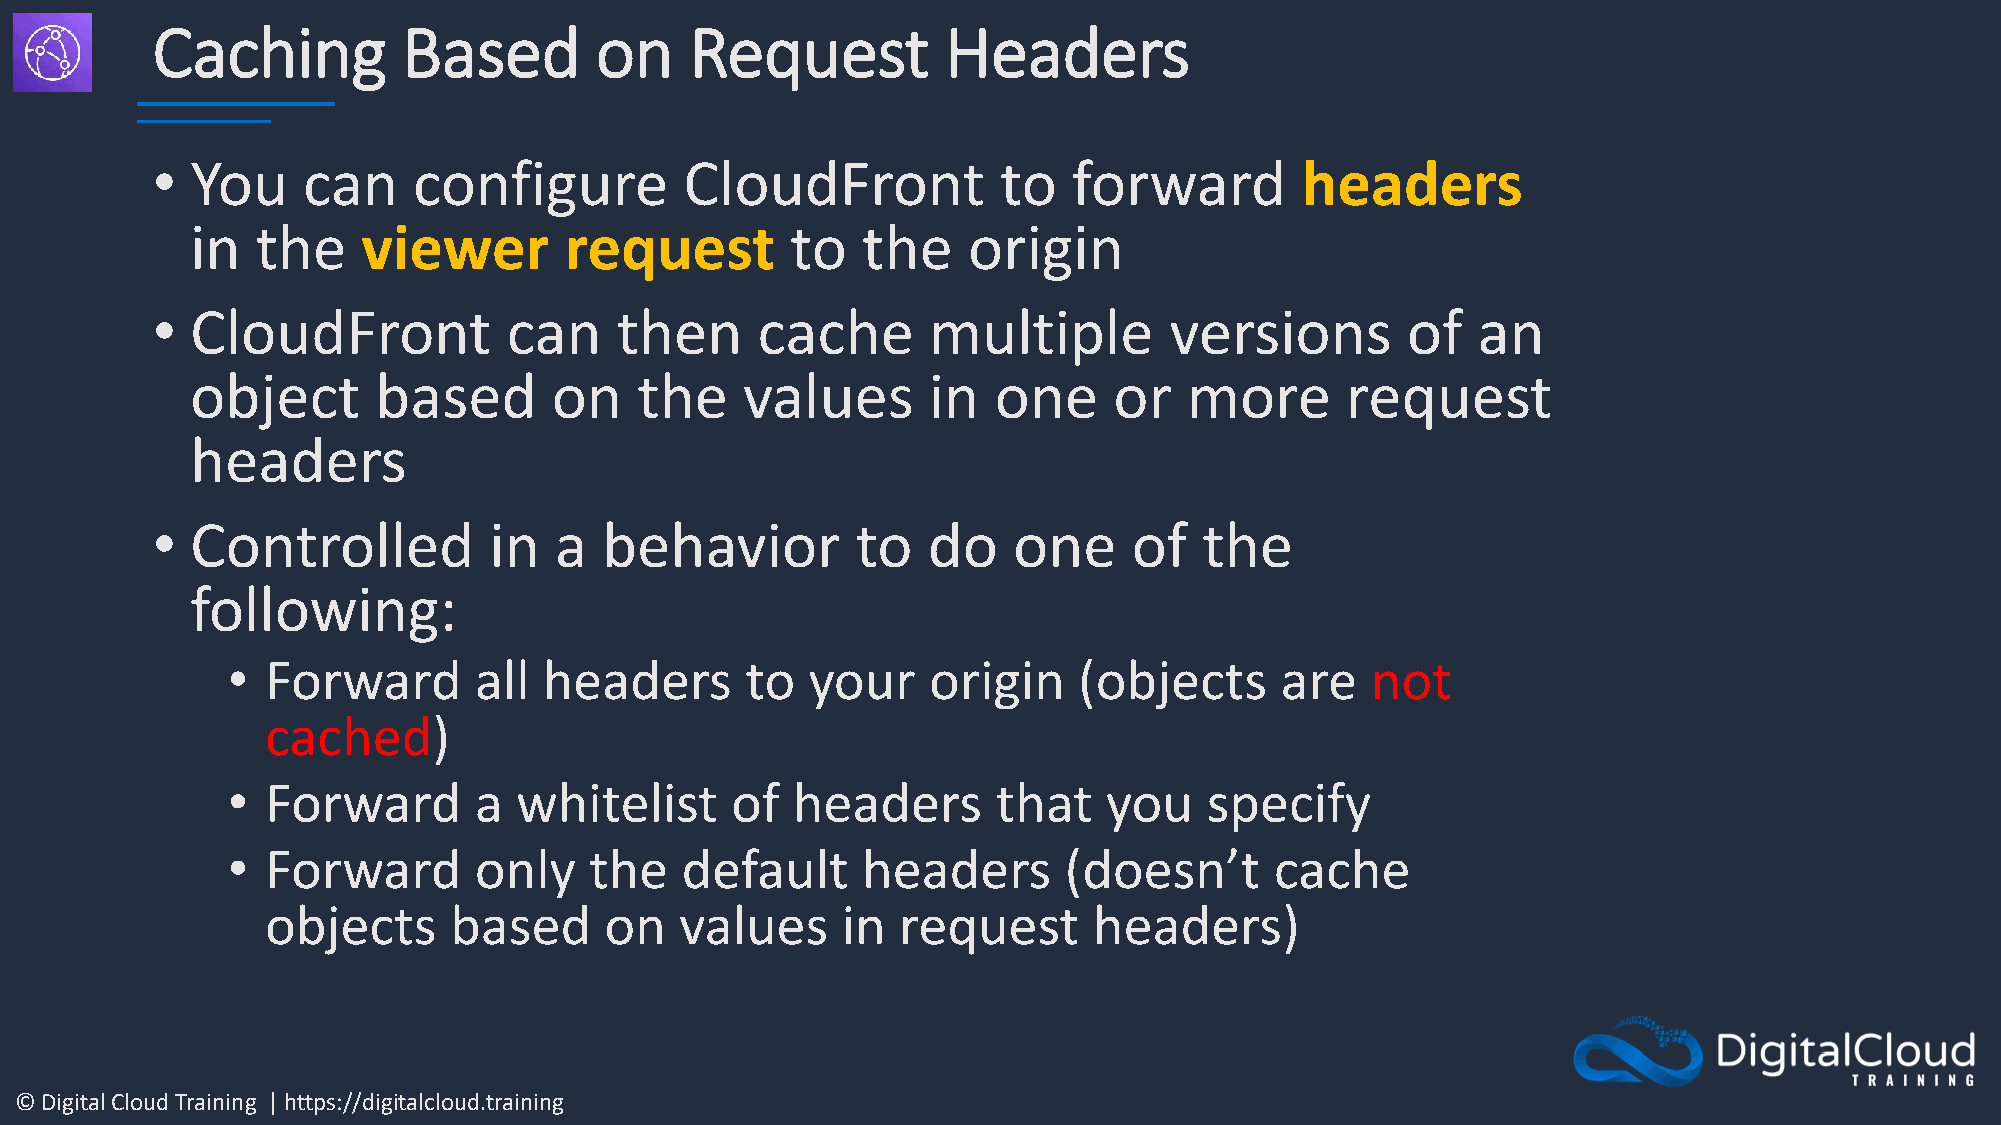
Caching          Based       on     Request          Headers
 •  You    can    configure         CloudFront           to   forward        headers
 in  the    viewer       request        to   the    origin
 •  CloudFront           can    then     cache      multiple        versions        of   an
 object      based       on   the    values      in   one     or   more      request
 headers
 •  Controlled         in   a  behavior         to  do    one     of   the
 following:
 •  Forward      all  headers      to  your    origin    (objects      are   not
 cached)
 •  Forward      a  whitelist     of  headers       that   you    specify
 •  Forward      only    the   default     headers      (doesn’t      cache
 objects     based     on   values     in request      headers)
 © Digital Cloud Training | https://digitalcloud.training